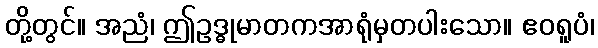
တို့တွင်။ အညံ၊ ဤဥဒ္ဓုမာတကအာရုံမှတပါးသော။ ဧဝရူပံ၊